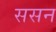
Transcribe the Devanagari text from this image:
ससन